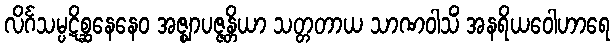
လိင်္ဂသမ္ပဋိစ္ဆနေနေဝ အဇ္ဈာပဇ္ဇန္တိယာ သတ္တတာယ သာဏဝါသိံ အနရိယဝေါဟာရေ